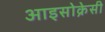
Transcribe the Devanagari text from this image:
आइसोक्रेसी